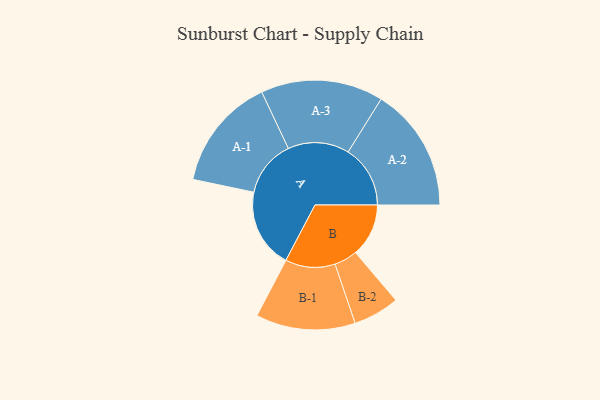
{"axis": {"x": "Segment", "y": "Value"}, "legend": ["", "A", "B"], "data": [{"x": "A", "y": 360, "type": ""}, {"x": "B", "y": 241, "type": ""}, {"x": "A-1", "y": 257, "type": "A"}, {"x": "A-2", "y": 282, "type": "A"}, {"x": "A-3", "y": 278, "type": "A"}, {"x": "B-1", "y": 226, "type": "B"}, {"x": "B-2", "y": 105, "type": "B"}]}